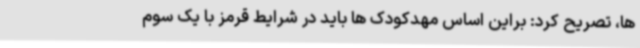
ها، تصریح کرد: براین اساس مهدکودک ها باید در شرایط قرمز با یک سوم